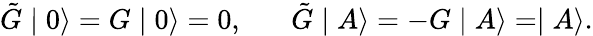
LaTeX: \tilde{G}\mid 0\rangle=G\mid 0\rangle=0,\; \; \; \; \; \; \tilde{G}\mid A\rangle=-G\mid A\rangle=\mid A\rangle.